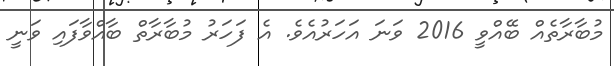
މުބާރާތެއް ބޭއްވީ 2016 ވަނަ އަހަރުއެވެ. އެ ފަހަރު މުބާރާތް ބާއްވާފައި ވަނީ